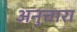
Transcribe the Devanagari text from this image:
अनुत्तारा